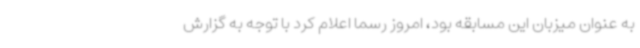
به عنوان میزبان این مسابقه بود، امروز رسما اعلام کرد با توجه به گزارش